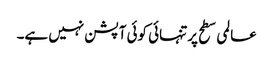
عالمی سطح پر تنہائی کوئی آپشن نہیں ہے۔